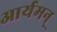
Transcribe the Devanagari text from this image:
आर्यमन्